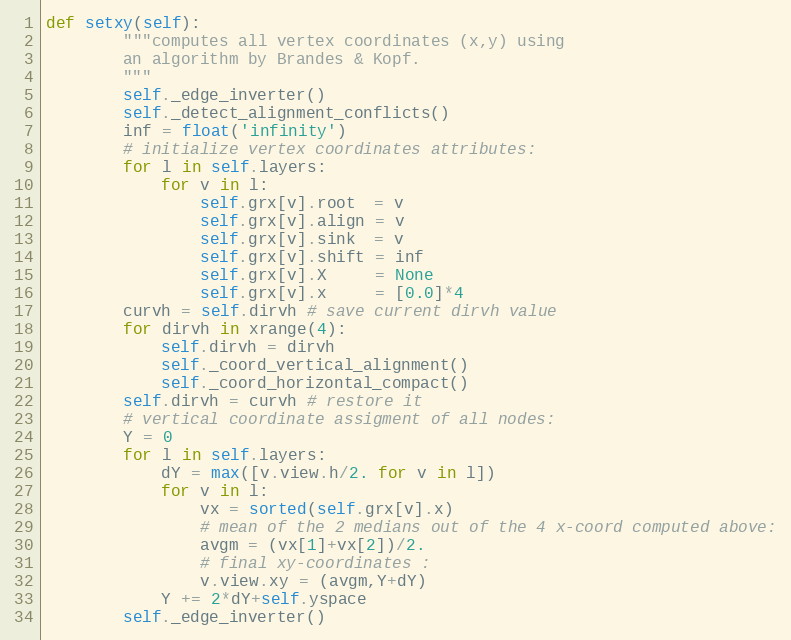
Language: Python
def setxy(self):
        """computes all vertex coordinates (x,y) using
        an algorithm by Brandes & Kopf.
        """
        self._edge_inverter()
        self._detect_alignment_conflicts()
        inf = float('infinity')
        # initialize vertex coordinates attributes:
        for l in self.layers:
            for v in l:
                self.grx[v].root  = v
                self.grx[v].align = v
                self.grx[v].sink  = v
                self.grx[v].shift = inf
                self.grx[v].X     = None
                self.grx[v].x     = [0.0]*4
        curvh = self.dirvh # save current dirvh value
        for dirvh in xrange(4):
            self.dirvh = dirvh
            self._coord_vertical_alignment()
            self._coord_horizontal_compact()
        self.dirvh = curvh # restore it
        # vertical coordinate assigment of all nodes:
        Y = 0
        for l in self.layers:
            dY = max([v.view.h/2. for v in l])
            for v in l:
                vx = sorted(self.grx[v].x)
                # mean of the 2 medians out of the 4 x-coord computed above:
                avgm = (vx[1]+vx[2])/2.
                # final xy-coordinates :
                v.view.xy = (avgm,Y+dY)
            Y += 2*dY+self.yspace
        self._edge_inverter()